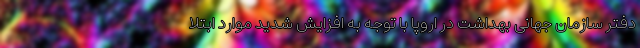
دفتر سازمان جهانی بهداشت در اروپا با توجه به افزایش شدید موارد ابتلا